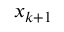
x _ { k + 1 }